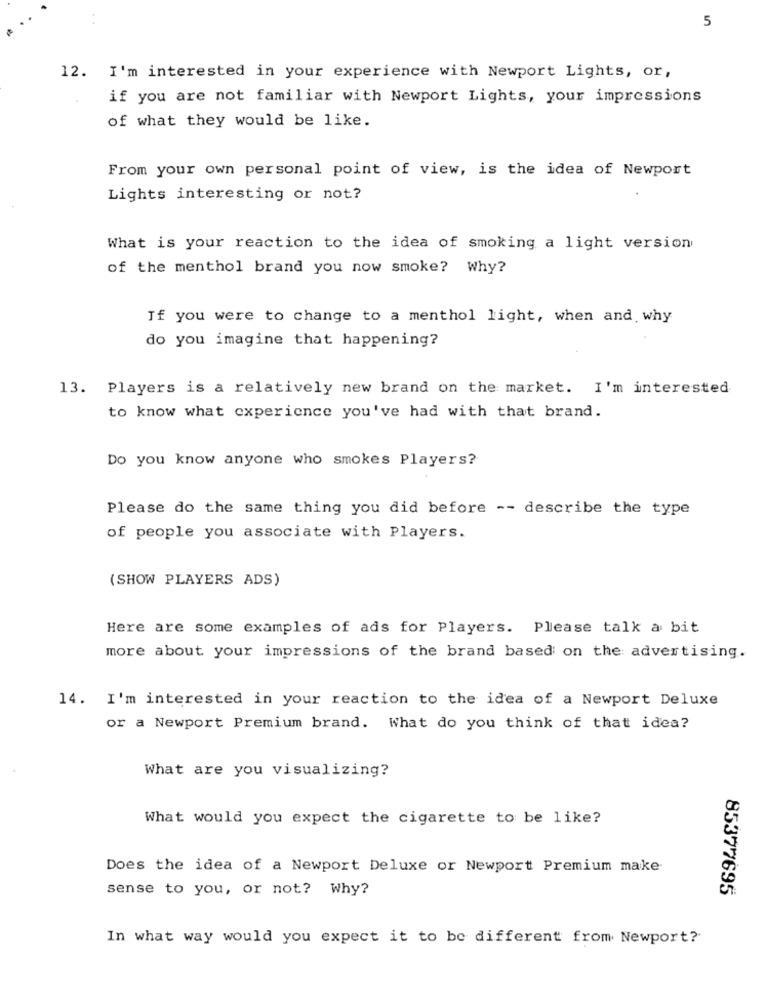
5
12. I'm interested in your experience with Newport Lights, or,
if you are not familiar with Newport Lights, your impressions
of what they would be like.
From your own personal point of view, is the idea of Newport
Lights interesting or not?
What is your reaction to the idea of smoking a light version
of the menthol brand you now smoke? Why?
If you were to change to a menthol light, when and why
do you imagine that happening?
13.
Players is a relatively new brand on the market. I'm interested
to know what experience you've had with that brand.
Do you know anyone who smokes Players?
Please do the same thing you did before -- describe the type
of people you associate with Players.
(SHOW PLAYERS ADS)
Here are some examples of ads for Players. Please talk a bit
more about your impressions of the brand based on the advertising.
14. I'm interested in your reaction to the idea of a Newport Deluxe
or a Newport Premium brand. What do you think of that idea?
What are you visualizing?
What would you expect the cigarette to be like?
Does the idea of a Newport Deluxe or Newport Premium make
sense to you, or not? Why?
85377695
In what way would you expect it to be different from Newport?